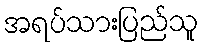
အရပ်သားပြည်သူ